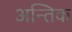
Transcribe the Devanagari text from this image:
अन्तिक